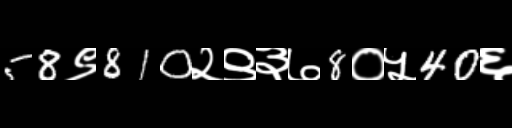
Text: 58९810२९३७8०५40६